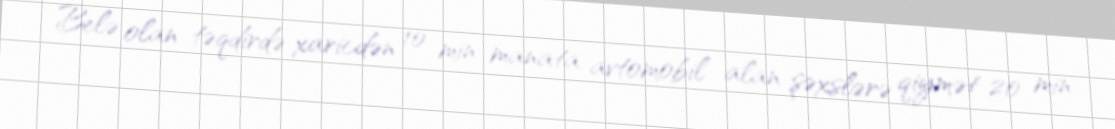
Belə olan təqdirdə xaricdən 10 min manata avtomobil alan şəxslərə qiymət 20 min